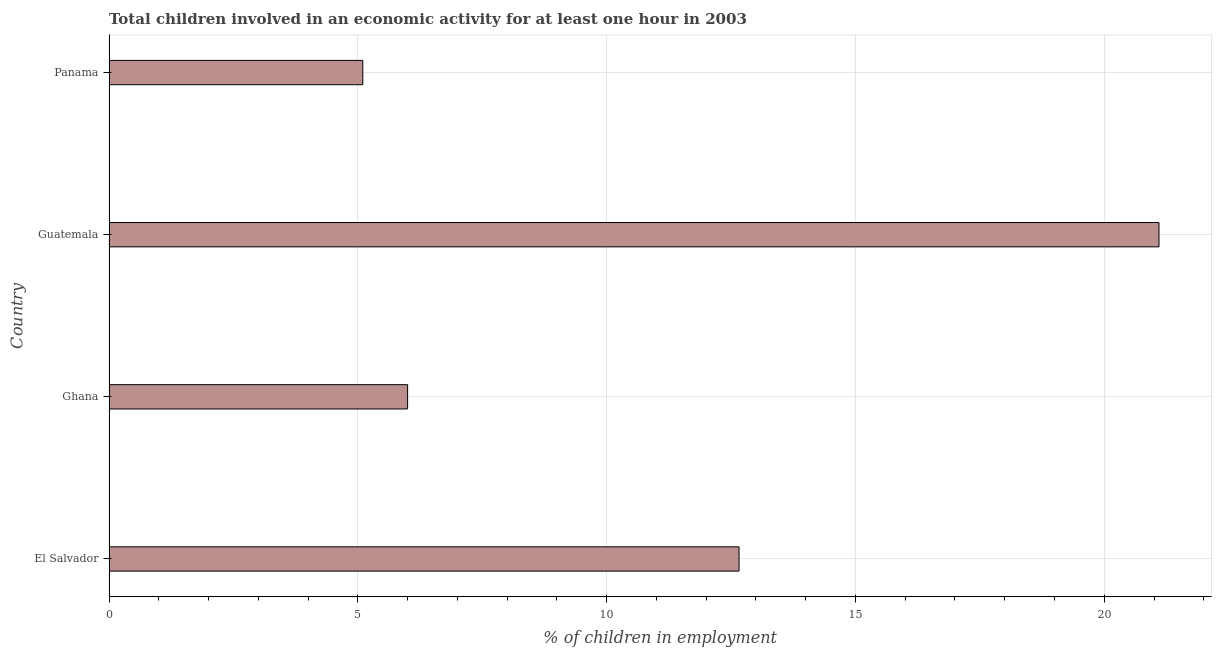
| Country | Children in employment |
 | --- | --- |
 | El Salvador | 12.7 |
 | Ghana | 6 |
 | Guatemala | 21.1 |
 | Panama | 5.1 |